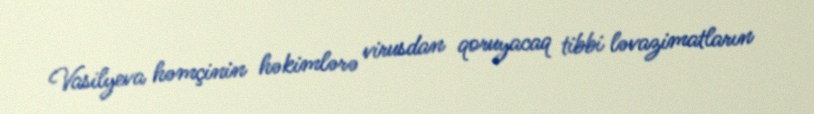
Vasilyeva həmçinin həkimlərə virusdan qoruyacaq tibbi ləvazimatların